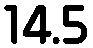
14.5